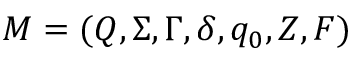
M = ( Q , \Sigma , \Gamma , \delta , q _ { 0 } , Z , F )